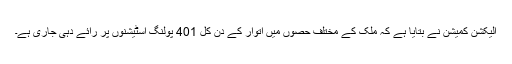
اليکشن کميشن نے بتايا ہے کہ ملک کے مختلف حصوں ميں اتوار کے دن کُل 401 پولنگ اسٹيشنوں پر رائے دہی جاری ہے۔